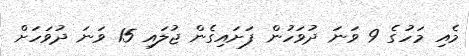
މެއި މަހުގެ 9 ވަނަ ދުވަހުން ފަށައިގެން ޖުލައި 15 ވަނަ ދުވަހަށް